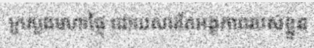
ក្រសួងមហាផ្ទៃ ដោយសារតែអង្គភាពរបស់ខ្លួន